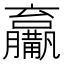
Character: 𤰑